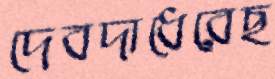
দেবদাধেরেছ